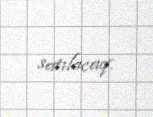
satılacaq.